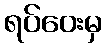
ရပ်ဝေးမှ